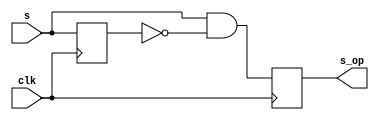
module onepulse(s_op, s, clk);
	input s, clk;
	output reg s_op;
	reg s_delay;
	always@(posedge clk)begin
		s_op <= s&(!s_delay);
		s_delay <= s;
	end
endmodule

module debounce(s_db, s, clk);
	input s, clk;
	output s_db;
	reg [3:0] DFF;
	
	always@(posedge clk)begin
		DFF[3:1] <= DFF[2:0];
		DFF[0] <= s;
	end
	assign s_db = (DFF == 4'b1111)? 1'b1 : 1'b0;
endmodule

module collide_onepulse(s_op, s, clk, clk_25MHz, vsync);
	input [4-1:0] s;
    input clk, clk_25MHz, vsync;
	output reg [4-1:0] s_op;
    reg [4-1:0] s_op_i;
	reg [4-1:0] s_delay;
	always @(posedge clk) begin
        if(clk_25MHz) begin
            s_op_i <= s&(!s_delay);
		    s_delay <= s;
        end
        else begin
            s_op_i <= s_op_i;
		    s_delay <= s_delay;
        end
	end

    always @(posedge clk) begin
        if(|s_op_i)
            s_op <= s_op_i;
        else if(vsync)
            s_op <= 0;
        else 
            s_op <= s_op;
    end
endmodule